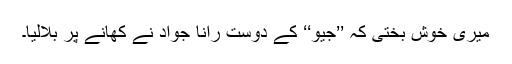
میری خوش بختی کہ ’’جیو‘‘ کے دوست رانا جواد نے کھانے پر بلالیا۔